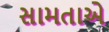
સામતાએ